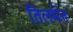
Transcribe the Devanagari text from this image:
तिलमेन